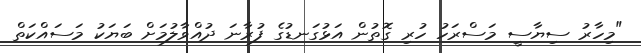
"މިހާރު ސިޔާސީ މަސްރަހު ހުރި ގޮތުން އަޅުގަނޑުގެ ފުރާނަ ދުއްވާލުމަށް ބަޔަކު މަސައްކަތް